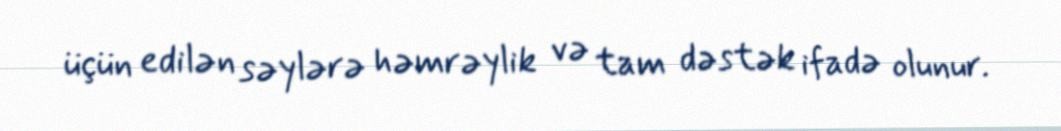
üçün edilən səylərə həmrəylik və tam dəstək ifadə olunur.